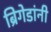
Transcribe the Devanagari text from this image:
ब्रिगेडांनी